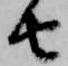
由